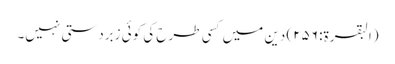
(البقرۃ: ۲۵۶) دین میں کسی طرح کی کوئی زبردستی نہیں۔